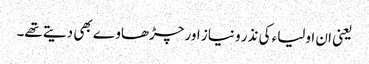
یعنی ان اولیاء کی نذر و نیاز اور چڑھاوے بھی دیتے تھے۔